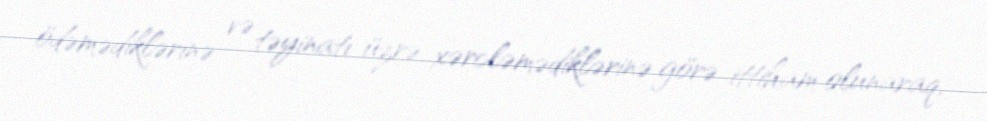
ödəmədiklərinə və təyinatı üzrə xərcləmədiklərinə görə ittiham olunaraq,